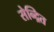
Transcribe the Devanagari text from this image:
सेन्द्रित